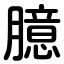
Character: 臆